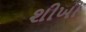
શીખી